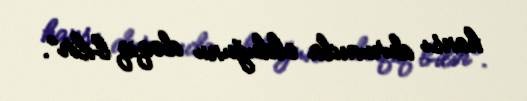
hansı durumda olduğunu dəqiq bilir”.